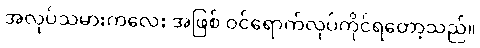
အလုပ်သမားကလေး အဖြစ် ဝင်ရောက်လုပ်ကိုင်ရတော့သည်။